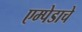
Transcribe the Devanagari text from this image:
एम्पेडाचे